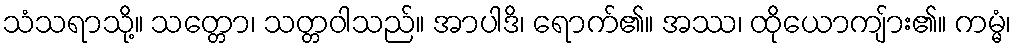
သံသရာသို့။ သတ္တော၊ သတ္တဝါသည်။ အာပါဒိ၊ ရောက်၏။ အဿ၊ ထိုယောကျ်ား၏။ ကမ္မံ၊